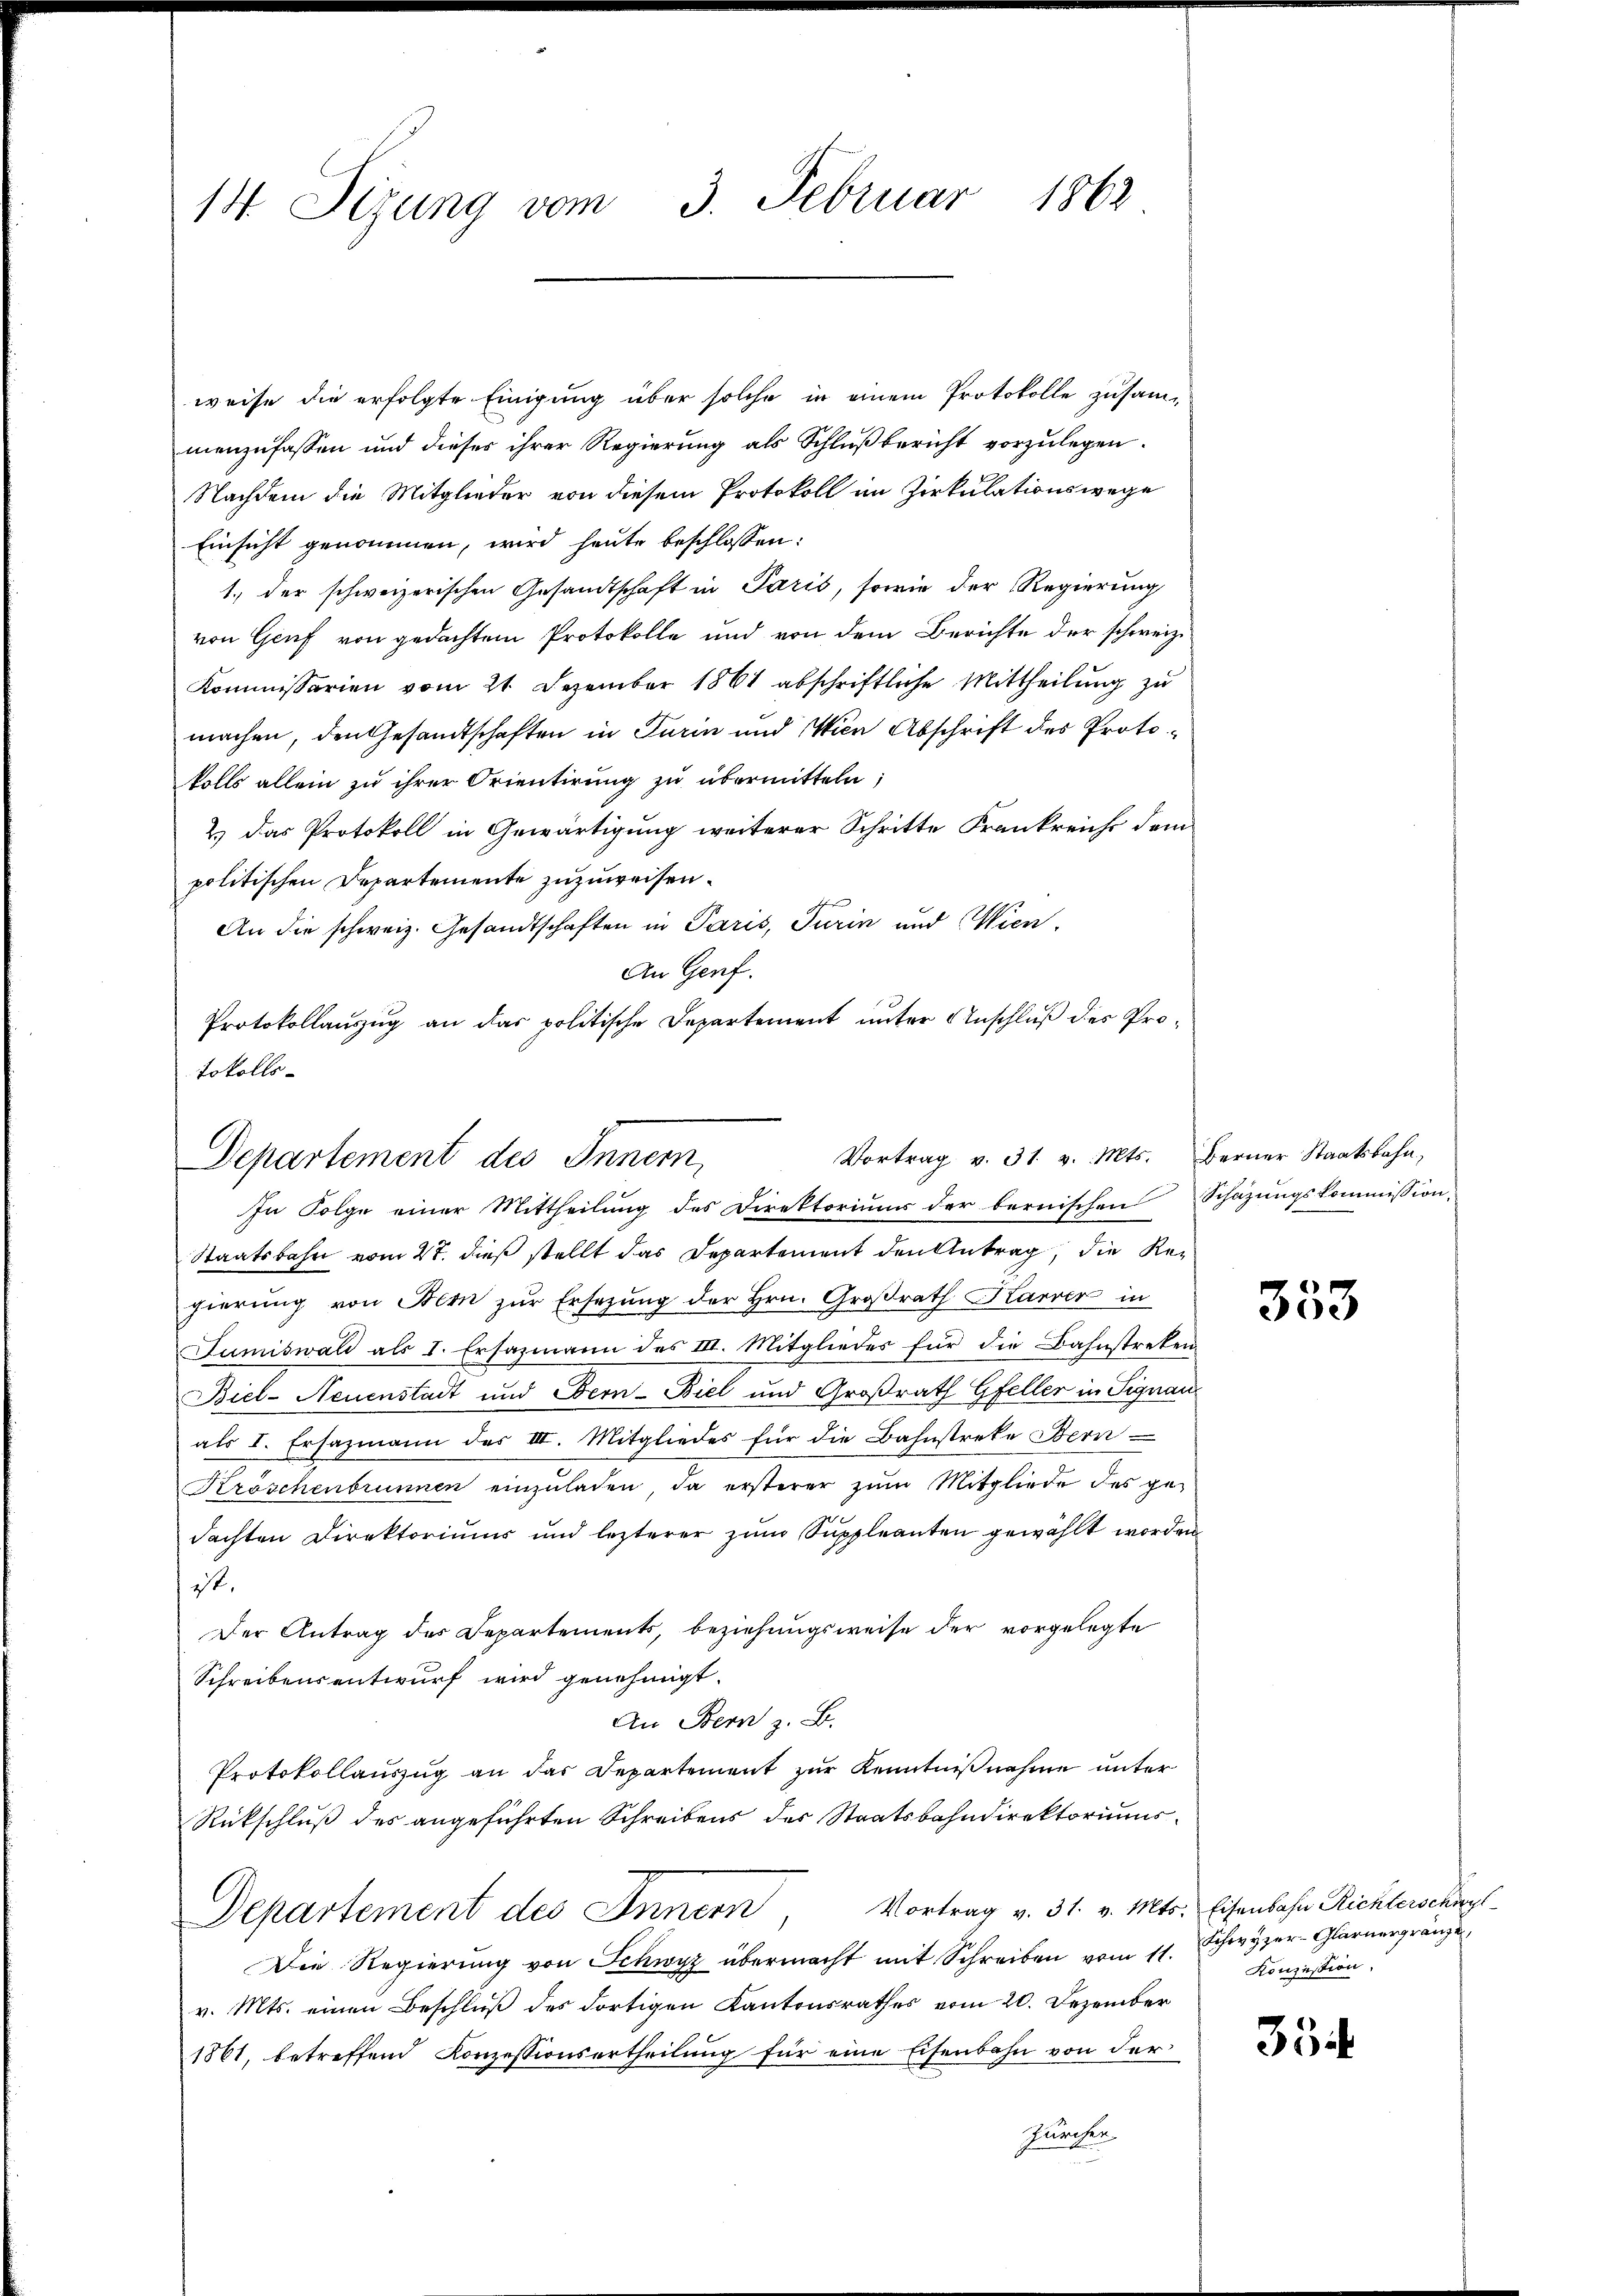
14. Sizung vom 3. Februar 1862

weise die erfolgte Einigung über solche in einem Protokolle zusammenzufassen und dieses ihrer Regierung als Schlußbericht vorzulegen.
Nachdem die Mitglieder von diesem Protokoll im Zirkulationswege
Einsicht genommen, wird heute beschlossen:
1., der schweizerischen Gesandtschaft in Paris, sowie der Regierung
von Graf von gedachtem Protokolle und von dem Berichte der schweiz.
Kommissarien vom 21. Dezember 1861 abschriftliche Mittheilung zu
machen, den Gesandtschaften in Turin und Wien Abschrift des Protokolls allein zu ihrer Orientirung zu übermitteln;
2.) Das Protokoll in Gewärtigung weiterer Schritte Frankreicht dem
politischen Departemente zuzuweisen.
An die schweiz. Gesandtschaften in Paris, Turin und Wien,
An Genf.
Protokollauszug an das politische Departement unter Anschluß des Protokolls-

Vortrag v. 31. v. Mts. Berner Staatsbahn,
Departement des Innern,

In Folge einer Mittheilung des Direktoriuum der bernischen Schazungskommission,
Staatsbahn vom 27. dieß stellt das Departement den Antrag, die Regierung von Bern zur Ersetzung der Hrn. Großrath Karrer in
Jumiswald als I. Ersazmann des III. Mitgliedes für die Bahnstreken
Biel-Neuenstadt und Obern-Biel und Großrath Gfeller in Signau
als I. Ersazmann des III. Mitgliedes für die Bahnstreke Bern
Kröschenbrunnen einzŭladen, da ersterer zum Mitgliede des gedachten Direktoriums und lezterer zŭm Suppleanten gewählt worden
ist.
Der Antrag des Departements, beziehungsweise der vorgelegte
Schreibensentwurf wird genehmigt.
An Bern z. B.
Protokollauszug an das Departement zur Kenntnißnahme unter
Rückschluß des angeführten Schreibens des Staatsbahndirektoriums
Departement des Innern Vortrag v. 31. v. Mts. Eisenbahn Richterschul¬
Die Regierŭng von Schwyz übermacht mit Schreiben vom 11. Schwyzer-Glarnergränze,
v. Mts. einen Beschluß des dortigen Kantonsrathes vom 20. Dezember
1861, betreffend Konzessionsertheilung für eine Eisenbahn von der
Zürcher

353

Konzession.

35